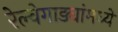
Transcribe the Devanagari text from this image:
रेल्वेगाड्यांमध्ये